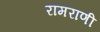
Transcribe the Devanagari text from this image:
रामराणी